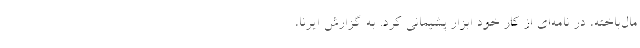
مال‌باخته، در نامه‌ای از کار خود ابزار پشیمانی کرد. به گزارش ایرنا،